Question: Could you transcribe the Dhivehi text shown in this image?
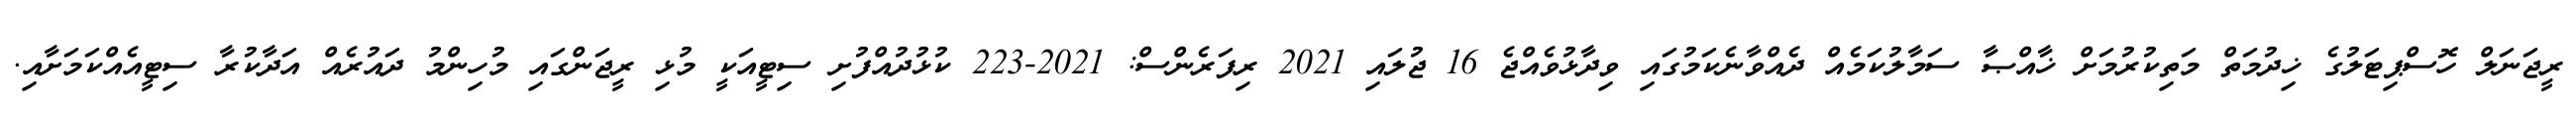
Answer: ރީޖަނަލް ހޮސްޕިޓަލުގެ ޚިދުމަތް މަތިކުރުމަށް ޚާއްޞާ ސަމާލުކަމެއް ދެއްވާނެކަމުގައި ވިދާޅުވެއްޖެ 16 ޖުލައި 2021 ރިފަރެންސް: 2021-223 ކުޅުދުއްފުށި ސިޓީއަކީ މުޅި ރީޖަންގައި މުހިންމު ދައުރެއް އަދާކުރާ ސިޓީއެއްކަމަށާއި.